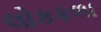
લોકકળા